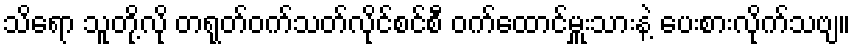
သိရော သူတို့လို တရုတ်ဝက်သတ်လိုင်စင်စီ ဝက်ထောင်မှူးသားနဲ့ ပေးစားလိုက်သဗျ။